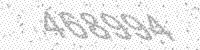
Solution: 468994